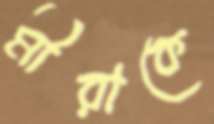
মীরাকে